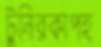
টুনিরকাপহ